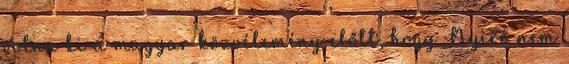
volna ki a magyar közvélemény előtt, hogy Nyirő nem